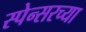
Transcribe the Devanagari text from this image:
स्पेन्सरच्या